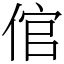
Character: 倌